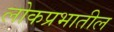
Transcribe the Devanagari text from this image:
लोकप्रभातील